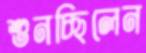
শুনচ্ছিলেন